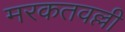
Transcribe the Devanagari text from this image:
मरकतवल्ली